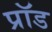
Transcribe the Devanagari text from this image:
प्रॉड